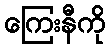
ကြေးနီကို